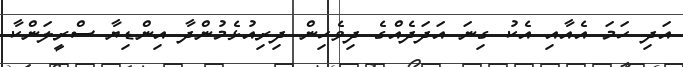
އަދި ހަމަ އެއާއި އެކު ގިނަ އަދަދެއްގެ ދިވެހިން ދިރިއުޅެމުންދާ އިންޑިޔާ ސްރީލަންކާ